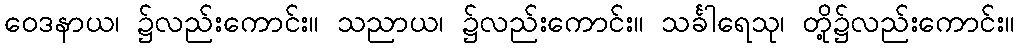
ဝေဒနာယ၊ ၌လည်းကောင်း။ သညာယ၊ ၌လည်းကောင်း။ သင်္ခါရေသု၊ တို့၌လည်းကောင်း။